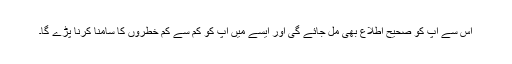
اس سے آپ کو صحیح اطلاع بھی مل جائے گی اور ایسے میں آپ کو کم سے کم خطروں کا سامنا کرنا پڑے گا۔